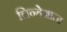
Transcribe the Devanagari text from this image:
चिन्हेआता